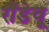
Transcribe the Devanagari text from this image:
रौंडेवू